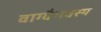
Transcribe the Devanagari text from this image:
वाग्वैभवस्य